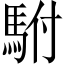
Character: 駙